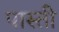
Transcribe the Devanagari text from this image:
पास्ती